[Report on the health of British troops in the Madras command]
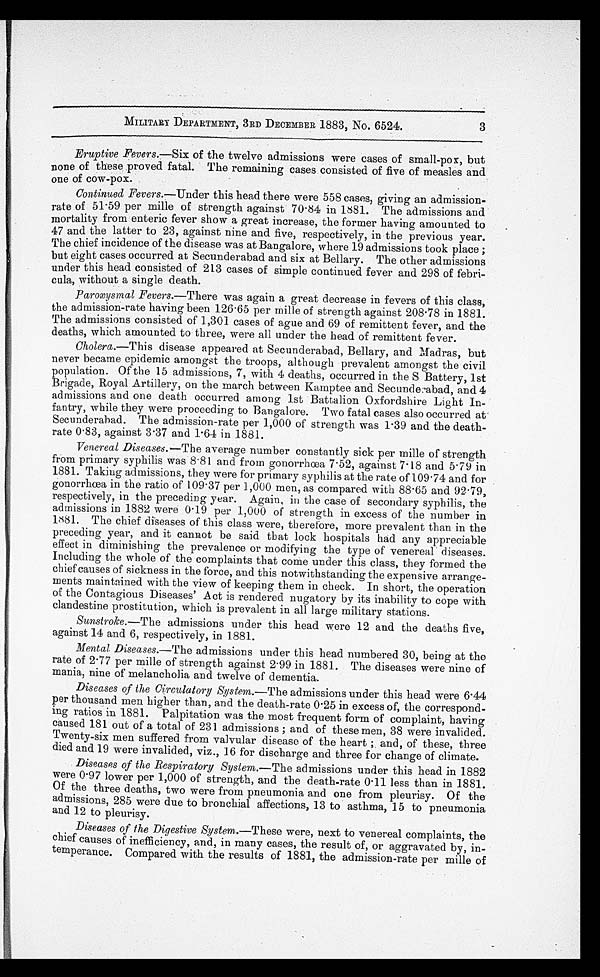
•
MILITARY DEPARTMENT, 3RD DECEMBER 1883, No. 6524.
Eruptive Fevers.—Six of the twelve admissions were cases of small-pox, but
none of these proved fatal. The remaining cases consisted of five of measles and
one of cow-pox.
Continued Fevers.—Under this head there were 558 cases, giving an admission
-rate of 51.59 per mille of strength against 70.84 in 1881. The admissions and
mortality from enteric fever show a great increase, the former having amounted to
.
47 and the latter to 23, against nine and five, respectively, in the previous year.
The chief incidence of the disease was at Bangalore, where 19 admissions took place ;
but eight cases occurred at Secunderabad and six at Bellary. The other admissions
under this head consisted of 213 cases of simple continued fever and 298 of febri--
cula, without a single death.
Paroxysmal Fevers.—There was again a great decrease in fevers of this class,
the admission-rate having been 126.65 per mille of strength against 208.78 in 1881.
The admissions consisted of 1,301 cases of ague and 69 of remittent fever, and the
deaths, which amounted to three, were all under the head of remittent fever.
Cholera.—This disease appeared at Secunderabad, Bellary, and Madras, but
never became epidemic amongst the troops, although prevalent amongst the civil
population. Of the 15 admissions, 7, with 4 deaths, occurred in the S Battery, 1st
Brigade, Royal Artillery, on the march between Kamptee and Secunderabad, and 4
admissions and one death occurred among 1st Battalion Oxfordshire Light In
-fantry, while they were proceeding to Bangalore. Two fatal cases also occurred at
-Secunderabad. The admission-rate per 1,000 of strength was 1.39 and the death
-rate 0.83, against 3.37 and 1.64 in 1881.
Venereal Diseases.— The average number constantly sick per mille of strength
from primary syphilis was 8.81 and from gonorrhœa 7.52, against 7.18 and 5.79 in
1881. Taking admissions, they were for primary syphilis at the rate of 109.74 and for
gonorrhœa in the ratio of 109.37 per 1,000 men, as compared with 88.65 and 92.79,
respectively, in the preceding year. Again, in the case of secondary syphilis, the
admissions in 1882 were 0.19 per 1,000 of strength in excess of the number in
1881. The chief diseases of this class were, therefore, more prevalent than in the
preceding year, and it cannot be said that lock hospitals had any appreciable
effect in diminishing the prevalence or modifying the type of venereal diseases.
Including the whole of the complaints that come under this class, they formed the
chief causes of sickness in the force, and this notwithstanding the expensive arrange--
ments maintained with the view of keeping them in check. In short, the operation
of the Contagious Diseases Act is rendered nugatory by its inability to cope with
clandestine prostitution, which is prevalent in all large military stations.
Sunstroke.—The admissions under this head were 12 and the deaths five,
against 14 and 6, respectively, in 1881.
Mental Diseases.— The admissions under this head numbered 30, being at the
rate of 2.77 per mille of strength against 2.99 in 1881. The diseases were nine of
mania, nine of melancholia and twelve of dementia.
Diseases of the Circulatory System.—The admissions under this head were 6.44
per thousand men higher than, and the death-rate 0.25 in excess of, the correspond--
ing ratios in 1881. Palpitation was the most frequent form of complaint, having
caused 181 out of a total of 231 admissions ; and of these men, 38 were invalided.
Twenty-six men suffered from valvular disease of the heart ; and, of these, three
died and 19 were invalided, viz., 16 for discharge and three for change of climate.
Diseases of the Respiratory System.— The admissions under this head in 1882
were 0.97 lower per 1,000 of strength, and the death-rate 0.11 less than in 1881.
Of the three deaths, two were from pneumonia and one from pleurisy. Of the
admissions, 285 were due to bronchial affections, 13 to asthma, 15 to pneumonia
and 12 to pleurisy.
Diseases of the Digestive System.—These were, next to venereal complaints, the
chief causes of inefficiency, and, in many cases, the result of, or aggravated by, in
-temperance. Compared with the results of 1881, the admission-rate per mille of
3